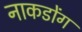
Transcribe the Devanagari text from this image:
नाकडोंग